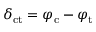
\delta _ { \mathrm { c t } } = \varphi _ { \mathrm { c } } - \varphi _ { \mathrm { t } }